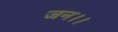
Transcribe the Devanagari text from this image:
जन।।